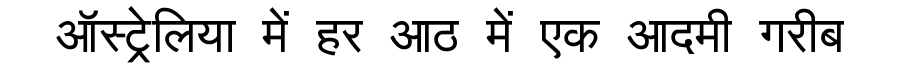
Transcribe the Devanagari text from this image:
ऑस्ट्रेलिया में हर आठ में एक आदमी गरीब